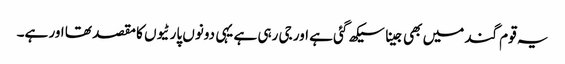
یہ قوم گند میں بھی جینا سیکھ گئی ہے اور جی رہی ہے یہی دونوں پارٹیوں کا مقصد تھا اور ہے۔